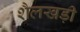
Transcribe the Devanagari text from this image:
शैलखड़ी